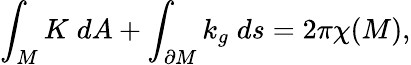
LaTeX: \int_{M}K\; dA+\int_{\partial M}k_{g}\; ds=2\pi\chi(M),